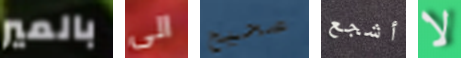
بالمير الى صحيح أشجع لا